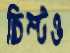
চিম্‌টও